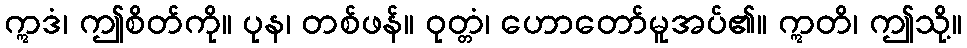
ဣဒံ၊ ဤစိတ်ကို။ ပုန၊ တစ်ဖန်။ ဝုတ္တံ၊ ဟောတော်မူအပ်၏။ ဣတိ၊ ဤသို့။